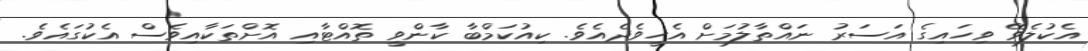
އެކުލެވޭ ވިހައިގެ އަސަރު ނައްތާލުމަށް އެހީވެދެއެވެ. ކިއުކަމްބާ ކާންވީ ތޮއްޓާއި އޮށްތަކާއިވެސް އެކުގައެވެ.